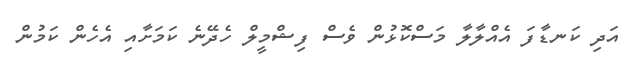
އަދި ކަނޑާފަ އެއްލާލާ މަސްކޮޅުން ވެސް ފިޝްމީލް ހެދޭނެ ކަމަށާއި އެހެން ކަމުން